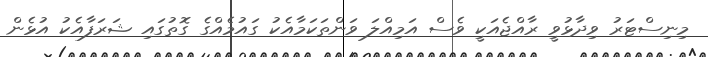
މިނިސްޓަރު ވިދާޅުވީ ރާއްޖެއަކީ ވެސް އަމިއްލަ ވަންތަކަމާއެކު ގައުމެއްގެ ގޮތުގައި ޝަރަފާއެކު އުޅެން